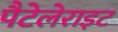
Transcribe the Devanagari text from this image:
पैटेलेराइट